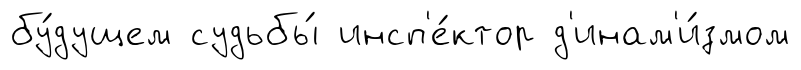
бу́дущем судьбы́ инсп'е́ктор д'инам'и́змом